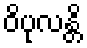
ဝိပုလန္တိ